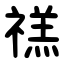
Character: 禚